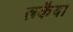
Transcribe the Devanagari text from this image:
रूकैया